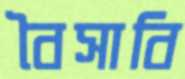
বৈসাবি